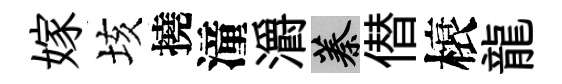
嫁垓撓潼灂蓁僣榱龍